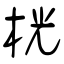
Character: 桄